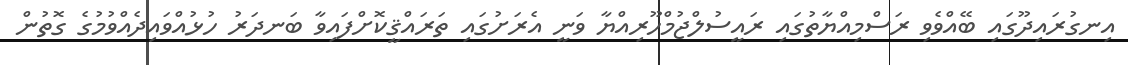
އިނގުރައިދޫގައި ބޭއްވެވި ރަސްމިއްޔާތުގައި ރައީސުލްޖުމްހޫރިއްޔާ ވަނީ އެރަށުގައި ތަރައްޤީކޮށްފައިވާ ބަނދަރު ހުޅުއްވައިދެއްވުމުގެ ގޮތުން